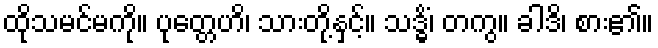
ထိုသမင်မကို။ ပုတ္တေဟိ၊ သားတို့နှင့်။ သဒ္ဓိံ၊ တကွ။ ခါဒိ၊ စား၏။